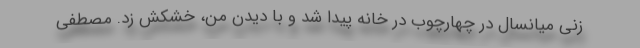
زنی میانسال در چهارچوب در خانه پیدا شد و با دیدن من، خشکش زد. مصطفی